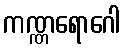
ကဏ္ဏရောဂေါ